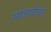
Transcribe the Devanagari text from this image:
मोजणीचा